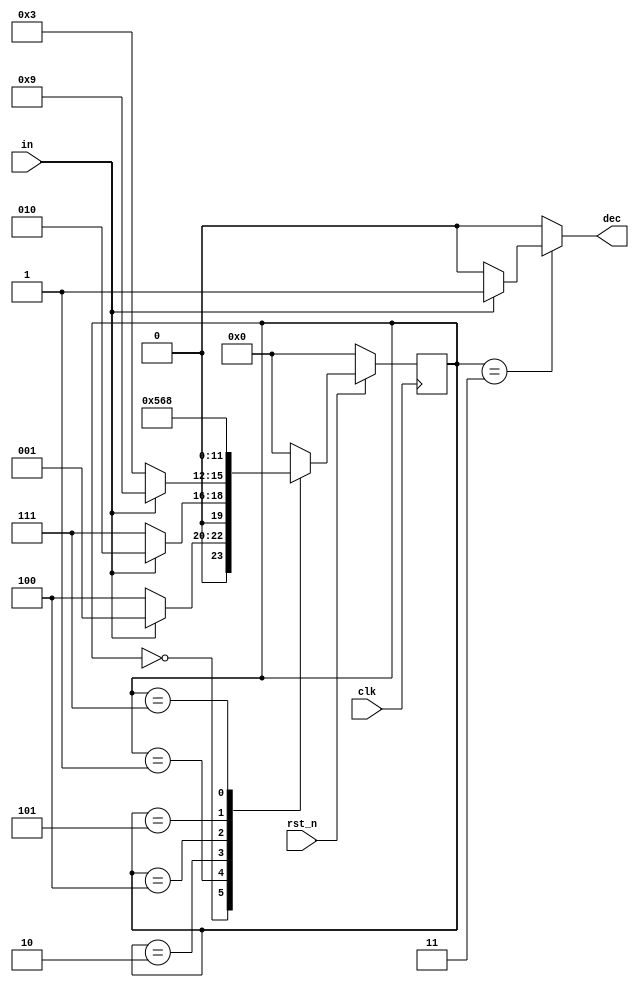
`timescale 1ns/1ps

module Mealy_Sequence_Detector (clk, rst_n, in, dec);
input clk, rst_n;
input in;
output dec;
reg dec;
parameter S0 = 4'b0000,
        S1 = 4'b0001,
        S2 = 4'b0010,
        S3 = 4'b0011,
        S4 = 4'b0100,
        S5 = 4'b0101,
        S6 = 4'b0110,
        S7 = 4'b0111,
        S8 = 4'b1000,
        S9 = 4'b1001;
reg [3:0] State, next_State;

always @(posedge clk) begin
    if(!rst_n)
        State <= S0;
    else
        State <= next_State;
end

always @(*) begin
    case(State)
    S0:
        if(in) begin
            dec = 1'b0;
            next_State = S1;
        end else begin
            dec = 1'b0;
            next_State = S4;
        end
    S1:
        if(in) begin
            dec = 1'b0;
            next_State = S2;
        end else begin
            dec = 1'b0;
            next_State = S7;
        end
    S2:
        if(!in) begin
            dec = 1'b0;
            next_State = S3;
        end else begin
            dec = 1'b0;
            next_State = S9;
        end
    S3:
        if(in) begin
            dec = 1'b1;
            next_State = S0;
        end else begin
            dec = 1'b0;
            next_State = S0;
        end
    S4: 
        if(in) begin
            dec = 1'b0;
            next_State = S5;
        end else begin
            dec = 1'b0;
            next_State = S5;
        end
    S5:
        if(in) begin
            dec = 1'b0;
            next_State = S6;
        end else begin
            dec = 1'b0;
            next_State = S6;
        end
    S6:
        if(in) begin
            dec = 1'b0;
            next_State = S0;
        end else begin
            dec = 1'b0;
            next_State = S0;
        end
    S7:
        if(in) begin
            dec = 1'b0;
            next_State = S8;
        end else begin
            dec = 1'b0;
            next_State = S8;
        end
    S8:
        if(in) begin
            dec = 1'b0;
            next_State = S0;
        end else begin
            dec = 1'b0;
            next_State = S0;
        end
    S9:
        if(in) begin
            dec = 1'b0;
            next_State = S0;
        end else begin
            dec = 1'b0;
            next_State = S0;
        end
    default:
        begin
            dec = 1'b0;
            next_State = S0;
        end
    endcase
end

endmodule